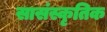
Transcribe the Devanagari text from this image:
सासंस्कृतिक